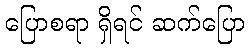
ပြောစရာ ရှိရင် ဆက်ပြော